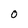
Character: 0